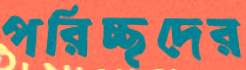
পরিচ্ছদের